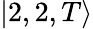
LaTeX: |2,2,T\rangle